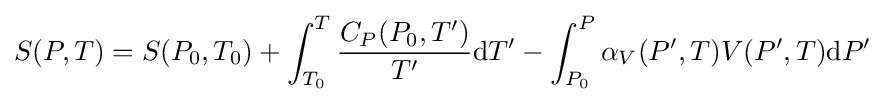
S(P,T)=S(P_{0},T_{0})+\int _{T_{0}}^{T}{\frac {C_{P}(P_{0},T^{\prime })}{T^{\prime }}}\mathrm {d} T^{\prime }-\int _{P_{0}}^{P}\alpha _{V}(P^{\prime },T)V(P^{\prime },T)\mathrm {d} P^{\prime }